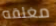
مغلقه